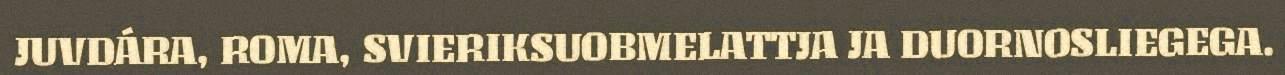
JUVDÁRA, ROMA, SVIERIKSUOBMELATTJA JA DUORNOSLIEGEGA.